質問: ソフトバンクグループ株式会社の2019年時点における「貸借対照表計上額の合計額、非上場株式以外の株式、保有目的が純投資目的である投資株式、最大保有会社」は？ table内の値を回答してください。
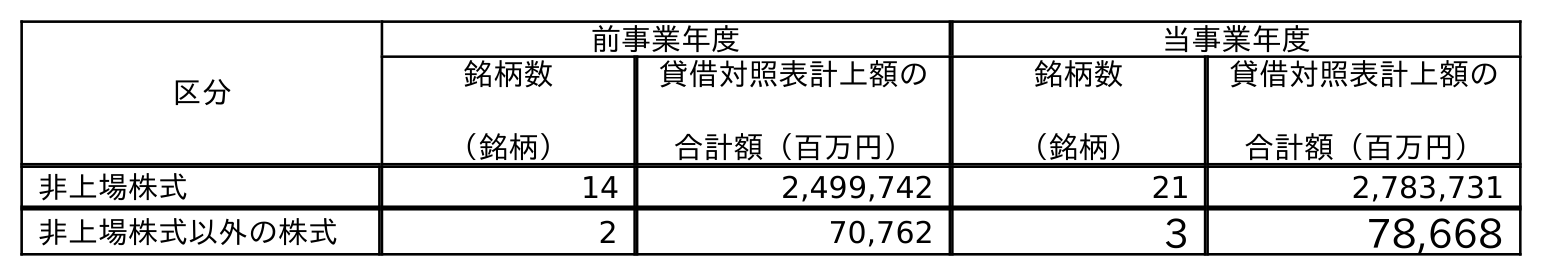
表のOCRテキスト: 区分 前事業年度 当事業年度 銘柄数 （銘柄） 貸借対照表計上額の 合計額（百万円） 銘柄数 （銘柄） 貸借対照表計上額の 合計額（百万円） 非上場株式 14 2,499,742 21 2,783,731 非上場株式以外の株式 2 70,762 3 78,668
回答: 70,762